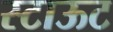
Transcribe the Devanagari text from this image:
स्टाऊट